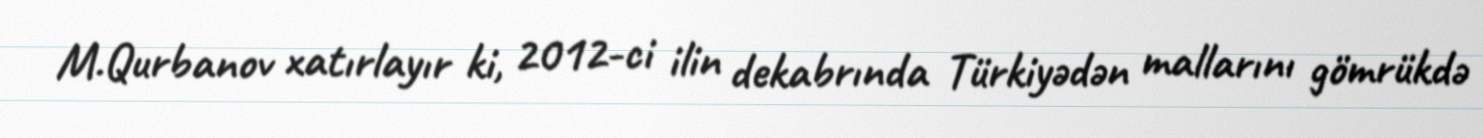
M.Qurbanov xatırlayır ki, 2012-ci ilin dekabrında Türkiyədən mallarını gömrükdə